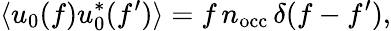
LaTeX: \langle u_{0}(f)u_{0}^{*}(f^{\prime})\rangle=f\, n_{\mathrm{occ}}\, \delta(f-f^{\prime}),